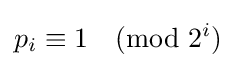
p_{i}\equiv 1{\pmod {2^{i}}}